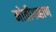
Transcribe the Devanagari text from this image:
मोतीगव्हाण